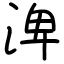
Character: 渒